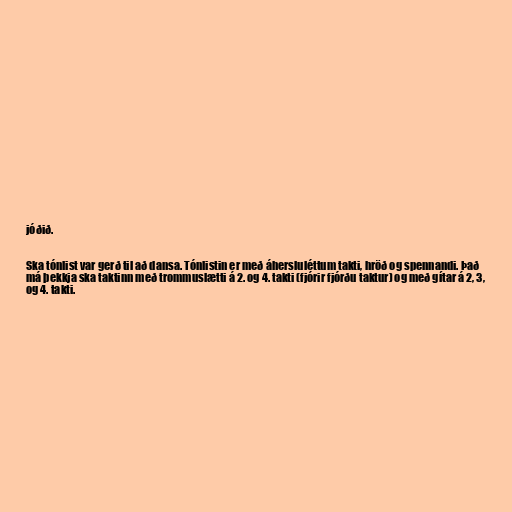
jóðið.

Ska tónlist var gerð til að dansa. Tónlistin er með áhersluléttum takti, hröð og spennandi. Það
má þekkja ska taktinn með trommuslætti á 2. og 4. takti (fjórir fjórðu taktur) og með gítar á 2, 3,
og 4. takti.